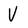
Character: V